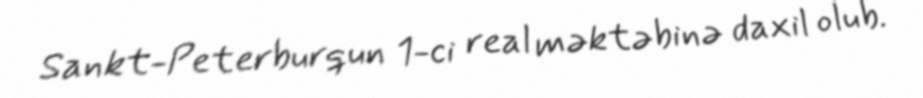
Sankt-Peterburqun 1-ci real məktəbinə daxil olub.